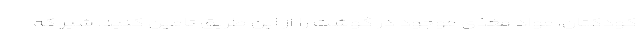
کودکتان، مواد مغذی موجود در گوشت را از این طریق تامین کنید. شیر که